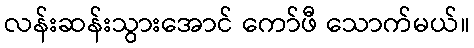
လန်းဆန်းသွားအောင် ကော်ဖီ သောက်မယ်။